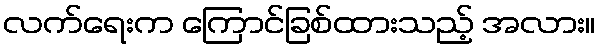
လက်ရေးက ကြောင်ခြစ်ထားသည့် အလား။